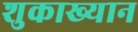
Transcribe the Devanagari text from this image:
शुकाख्यान